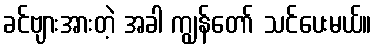
ခင်ဗျားအားတဲ့ အခါ ကျွန်တော် သင်ပေးမယ်။